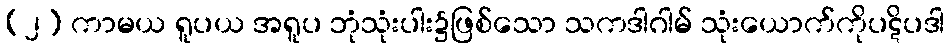
(၂) ကာမယ ရူပယ အရူပ ဘုံသုံးပါး၌ဖြစ်သော သကဒါဂါမ် သုံးယောက်ကိုပဋိပဒါ